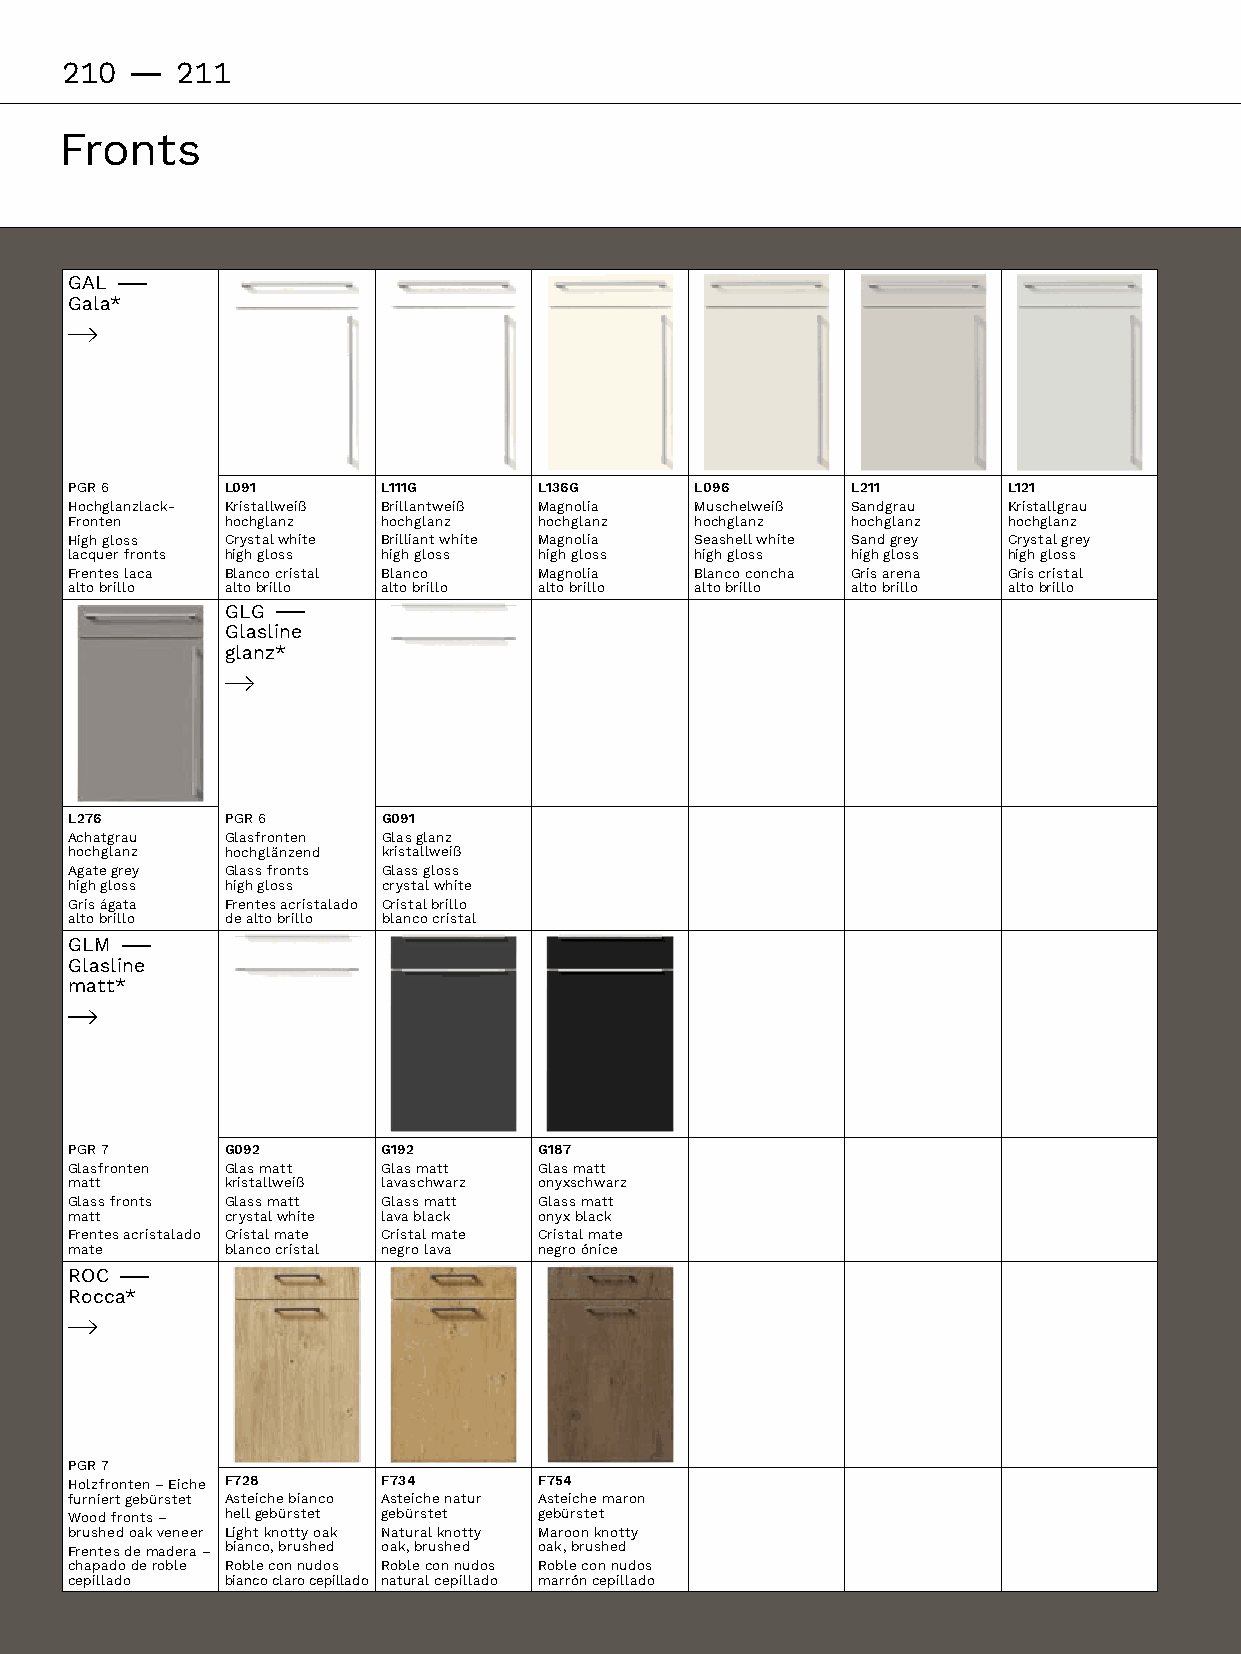
210 -   211
 Fronts
 GAL –
 Gala*
 PGR 6      L091      L111G      L136G     L096      L211       L121
 Hochglanzlack- Kristallweiß Brillantweiß Magnolia Muschelweiß Sandgrau Kristallgrau
 Fronten    hochglanz hochglanz  hochglanz hochglanz hochglanz  hochglanz
 High gloss Crystalwhite Brilliant white Magnolia Seashell white Sandgrey Crystalgrey
 lacquer fronts high gloss high gloss high gloss high gloss high gloss high gloss
 Frentes laca Blanco cristal Blanco Magnolia Blanco concha Gris arena Gris cristal
 altobrillo altobrillo altobrillo altobrillo altobrillo altobrillo altobrillo
 GLG –
 Glasline
 glanz*
 L276       PGR 6     G091
 Achatgrau  Glasfronten Glasglanz
 hochglanz  hochglänzend kristallweiß
 Agategrey Glass fronts Glass gloss
 high gloss high gloss crystalwhite
 Gris ágata Frentes acristalado Cristalbrillo
 altobrillo dealtobrillo blancocristal
 GLM–
 Glasline
 matt*
 PGR 7      G092      G192       G187
 Glasfronten Glas matt Glas matt Glas matt
 matt       kristallweiß lavaschwarz onyxschwarz
 Glass fronts Glass matt Glass matt Glass matt
 matt       crystalwhite lavablack onyxblack
 Frentes acristalado Cristal mate Cristal mate Cristal mate
 mate       blancocristal negro lava negroónice
 ROC –
 Rocca*
 PGR 7
 Holzfronten–Eiche F728 F734  F754
 furniertgebürstet Asteichebianco Asteiche natur Asteiche maron
 Woodfronts– hellgebürstet gebürstet gebürstet
 brushedoakveneer Lightknottyoak Naturalknotty Maroonknotty
 Frentesdemadera – bianco,brushed oak,brushed oak,brushed
 chapadoderoble Robleconnudos Robleconnudos Robleconnudos
 cepillado  biancoclarocepillado natural cepillado marróncepillado